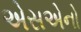
એસએનો